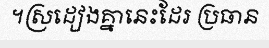
។ស្រដៀងគ្នានេះដែរ ប្រធាន